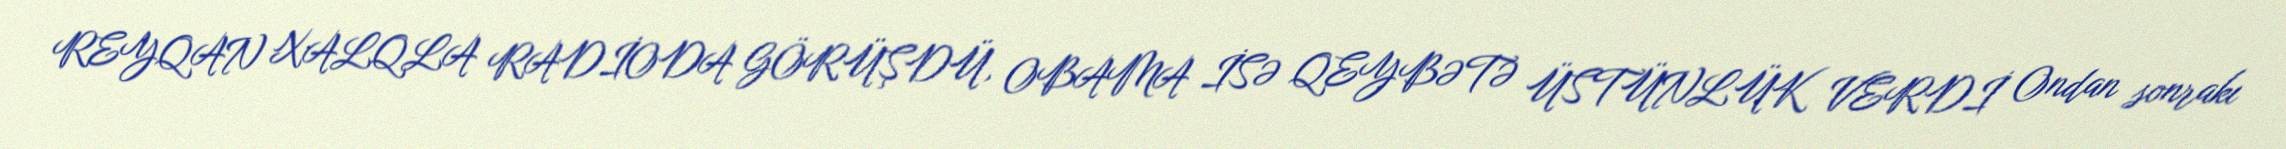
REYQAN XALQLA RADİODA GÖRÜŞDÜ, OBAMA İSƏ QEYBƏTƏ ÜSTÜNLÜK VERDİ Ondan sonrakı